Annual report of the Civil Veterinary Department, Bengal, for the year 1895-96 - 1895-1896
Year: 1895
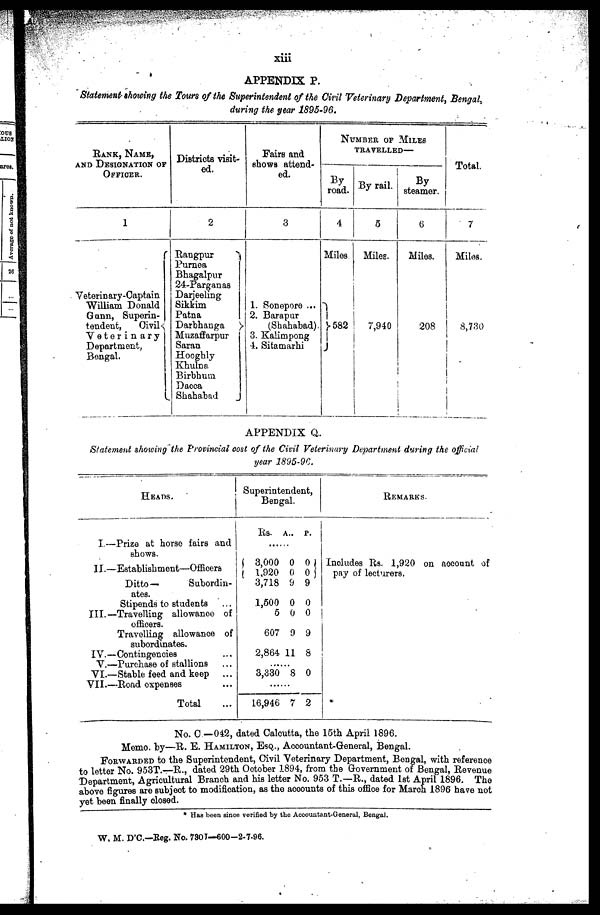
xiii
APPENDIX P.
Statement-showing the Tours of the Superintendent of the Civil Veterinary Department, Bengal,
during the year 1895-96.
RANK, NAME,
AND DESIGNATION
OF OFFICER.
1
Yeterinary-Captain
William Donald
Gann, Superin-
tendent,
Civil
Veterinary
Department,
Bengal.
Districts visit-
ed.
2
Rangpur
Purnea
Bhagalpur
24-Parganas
Darjeeling
Sikkim
Patna
Darbhanga
Muzaffarpur
Saran
Hooghly
Khulna
Birbhum
Dacca
Shahabad
Fairs and
shows attend-
ed.
3
1. Sonepore ...
2. Barapur
(Shahabad).
3. Kalimpong
4. Sitamarhi
NUMBER OF MILES
TRAVELLED—
By
road.
4
Miles
582
By rail.
5
Miles.
7,940
By
steamer.
6
Miles.
208
Total.
7
Miles.
8,780
APPENDIX Q.
Statement showing the Provincial cost of the Civil Veterinary Department during the official
year 1895-96.
HEADS.
I.—Prize at horse fairs and
shows.
II.—Establishment—Officers
Ditto—
Subordin-
ates.
Stipends to students ...
III.—Travelling allowance of
officers.
Travelling allowance of
subordinates.
IV.—Contingencies ...
V.—Purchase of stallions ...
VI.—Stable feed and keep
...
VII.—Road expenses ...
Total
Superintendent,
Bengal.
Rs.
3,000
1,920
3,718
1,500
5
607
2,864
3,330
16,946
A.
0
0
9
0
0
9
11
8
7
P.
0
0
9
0
0
9
8
0
2
REMARKS.
Includes Rs. 1,920 on account of
pay of lecturers.
No. C — 042, dated Calcutta, the 15th April 1896.
Memo. by—R. E. HAMILTON, ESQ., Accountant-General, Bengal.
FORWARDED to the Superintendent, Civil Veterinary Department, Bengal, with reference
to letter No. 953T.—R., dated 29th October 1894, from the Government of Bengal, Revenue
Department, Agricultural Branch and his letter No. 953 T.—R., dated 1st April 1896. The
above figures are subject to modification, as the acoounts of this office for March 1896 have not
yet been finally closed.
* Has been since verified by the Accountant-General, Bengal.
W. M. D'C.—Reg. No. 730 J—600-2-7-96.